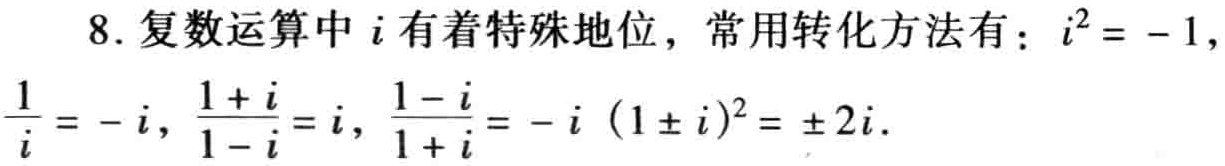
8. 复数运算中\(i\)有着特殊地位，常用转化方法有：\(i^{2} = - 1\)，\(\frac{1}{i}=-i\)，\(\frac{1 + i}{1 - i}=i\)，\(\frac{1 - i}{1 + i}=-i\) \((1\pm i)^{2}=\pm 2i\).